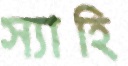
স্যাহি